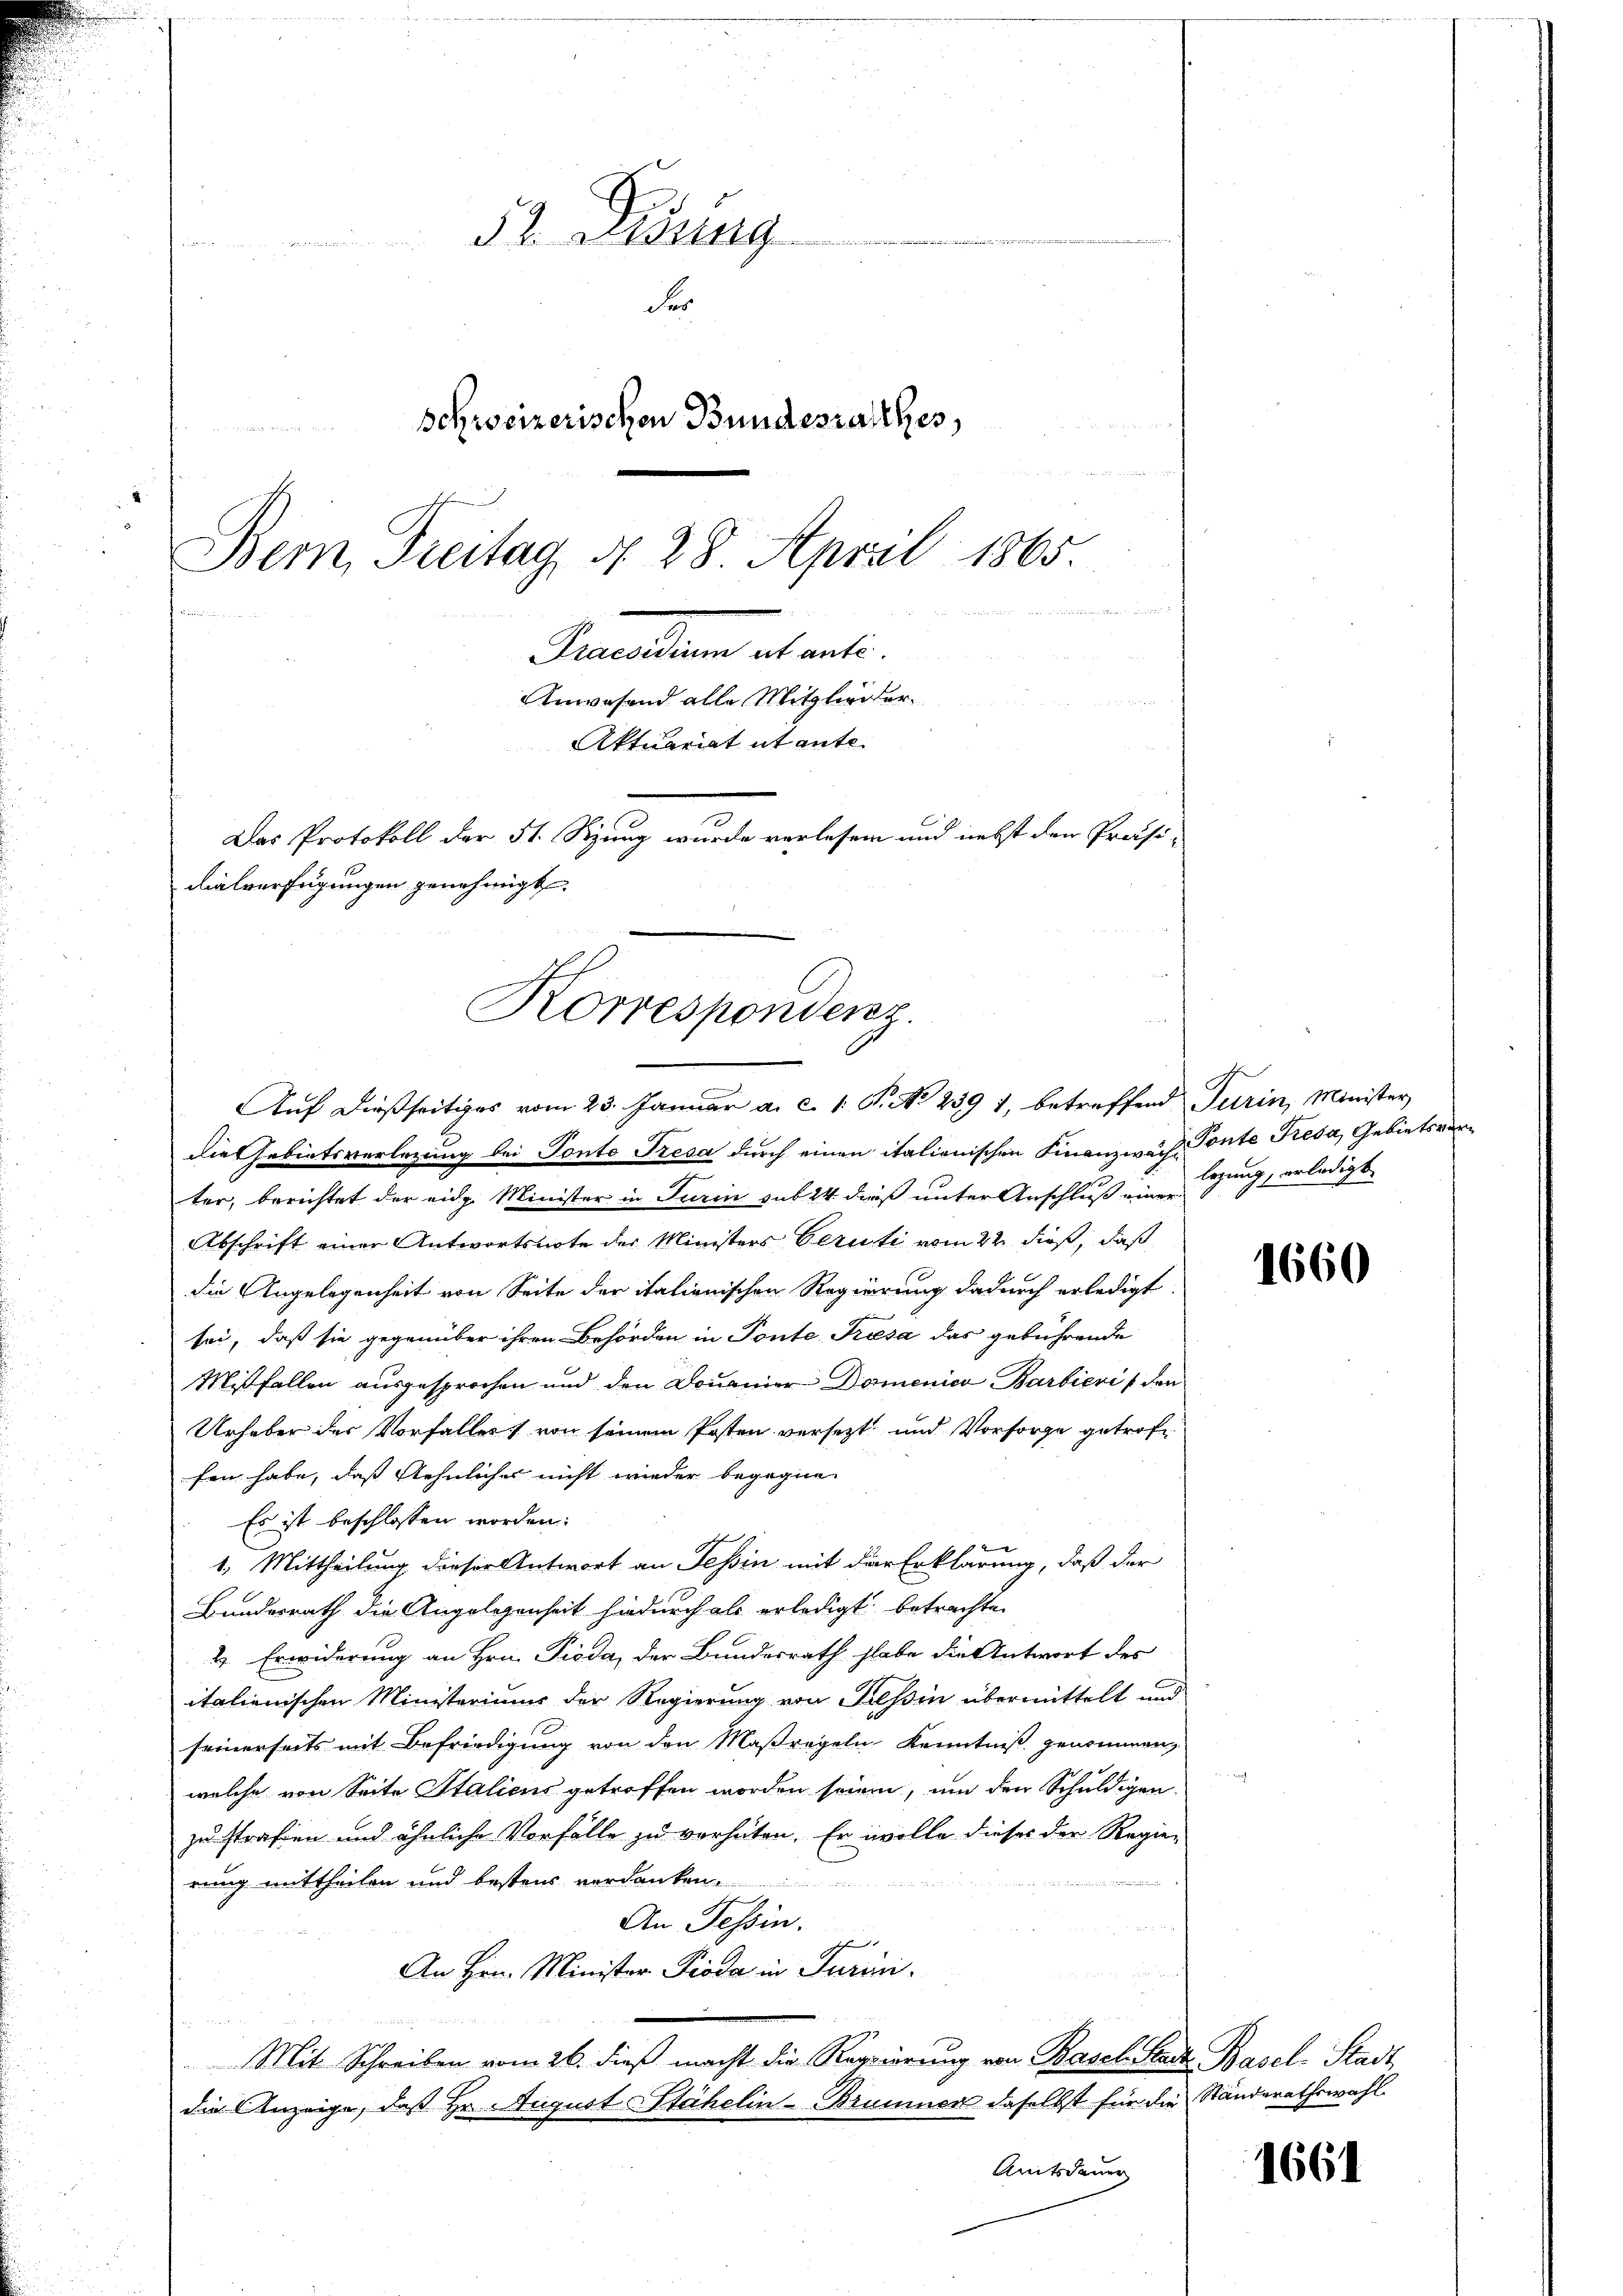
52. Lesung

Fer
schweizerischen Bundesrathes,
Bemn Freitag d. 28 April 1865.

Samenten aber
Anwesend alle Mitglieder¬
Aktuariat itante- |
Das Protokoll der 51. Sizung wurde verlesen und nebst den Präsi-

die Gebietsverlegung bei Ponto Tresa durch einen italienischen Finanzwach Ponte Kiesa, Gebietsvorter, berichtet der eidg. Minister in Turin sub 24 dieß unter Anschluß einer
Abschrift einer Antwortsnote der Ministers Gerüti vom 22. dieß, daß
die Angelegenheit von Seite der italionischen Regierung dadurch erledigt
sei, daß sie gegenüber ihren Behörden in Ponte Tresa das gebührende
Mißfallen ausgesprochen und den Douaner Domenico Barbieris den
Urhaber der Vorfaller von seinem Posten versetzt und Vorsorge getrof
fen habe, daß Aehnliches nicht wieder begegne
Es ist beschlossen worden:
1.) Mittheilung dieser Antwort an Tessin mit der Erklärung, daß der
Bundesrath die Angelegenheit hindurch als erledigt betrachte
2. Erwiderung an Hrn. Tieda, der Bundesrath habe die Antwort des
italienischen Ministeriums der Regierung von Tessin übermittelt und
seinerseits mit Befriedigung von den Maßregeln Kenntniß genommen,
welche von Seite Staliens getroffen worden seien, um den Schuldigen
zu strafen und ähnliche Vorfälle zu verhüten. Er wolle dieser der Regie-
rung mittheilen und bestens verdanken.
e
u
An Tessin.
An Hrn. Minister Pioda in Turini.
Mit Schreiben vom 26. dieß macht die Regierung von Basel Stadt Basel-Stadt,
die Anzeige, daß Hr. August Stähelin - Brunner daselbst für die Ständerathswahl
Amtsdauer

dialverfügungen genehmigt.
Korrespondenz.
Auf dießseitiges vom 23. Januar a. c. 1 S. No 239 1, betreffend Turin, Minister

legung, erledigt.

1660

1661